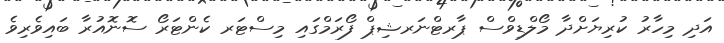
އަދި މިހާރު ކުރިޔަށްދާ މޯލްޑިވްސް ޕާރޓްނަރޝިޕް ފޯރަމްގައި މިސްޓަރ ކެންޓަރޯ ސޮނޮއުރާ ބައިވެރިވެ